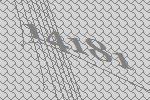
14181